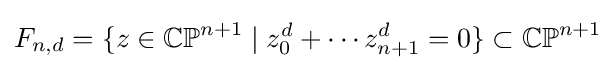
F_{n,d}=\{z\in \mathbb {CP} ^{n+1}\mid z_{0}^{d}+\cdots z_{n+1}^{d}=0\}\subset \mathbb {CP} ^{n+1}